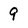
Character: 9